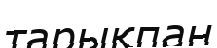
тарықпан